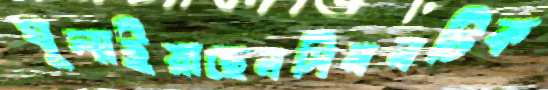
ঘুলাইয়াছেনসিমনটিক